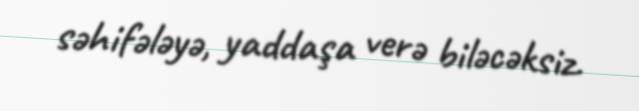
səhifələyə, yaddaşa verə biləcəksiz.